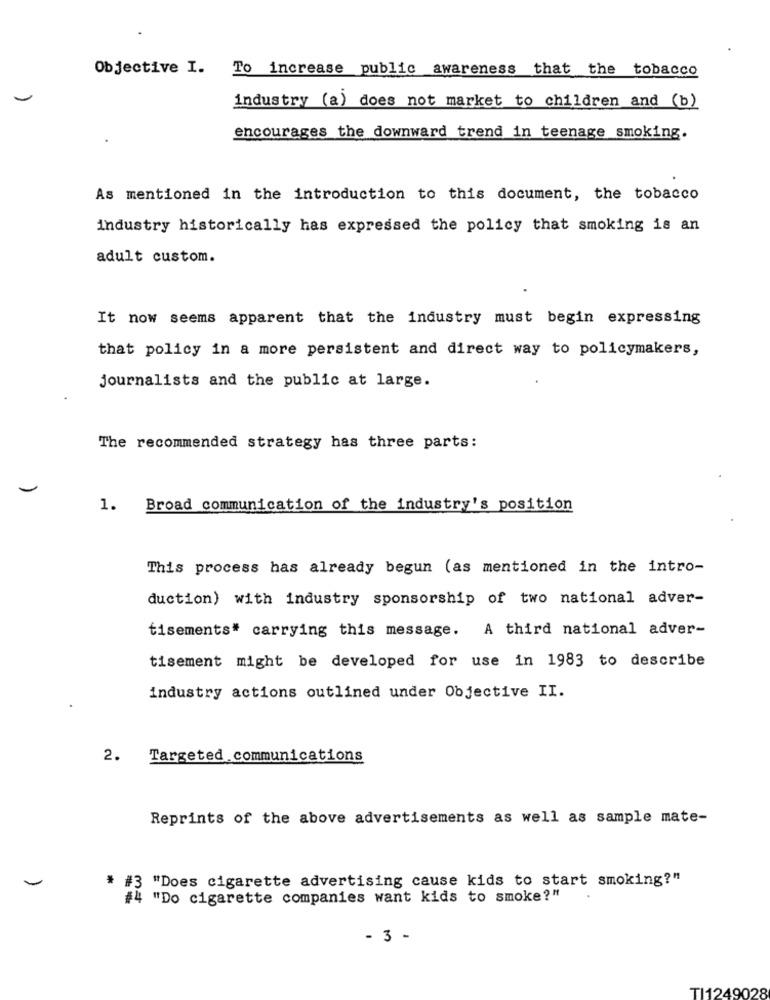
Objective I.
To increase public awareness that the tobacco
industry (a) does not market to children and (b)
encourages the downward trend in teenage smoking.
As mentioned in the introduction to this document, the tobacco
industry historically has expressed the policy that smoking is an
adult custom.
It now seems apparent that the industry must begin expressing
that policy in a more persistent and direct way to policymakers,
journalists and the public at large.
The recommended strategy has three parts:
1. Broad communication of the industry's position
This process has already begun (as mentioned in the intro-
duction) with industry sponsorship of two national adver-
tisements* carrying this message. A third national adver-
tisement might be developed for use in 1983 to describe
industry actions outlined under Objective II.
2. Targeted communications
Reprints of the above advertisements as well as sample mate-
* #3 "Does cigarette advertising cause kids to start smoking?"
#4 "Do cigarette companies want kids to smoke?"
- 3 -
TI1249028